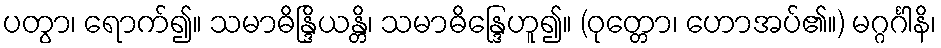
ပတွာ၊ ရောက်၍။ သမာဓိန္ဒြိယန္တိ၊ သမာဓိန္ဒြေဟူ၍။ (ဝုတ္တော၊ ဟောအပ်၏။) မဂ္ဂင်္ဂါနိ၊